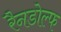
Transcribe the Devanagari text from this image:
रैनडोल्फ